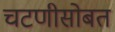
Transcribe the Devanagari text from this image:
चटणीसोबत